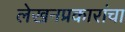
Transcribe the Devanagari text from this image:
लेखनप्रकारांचा